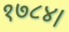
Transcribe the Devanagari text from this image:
१७८४।